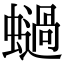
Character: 𧒖